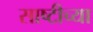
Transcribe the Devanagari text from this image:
साष्टीच्या